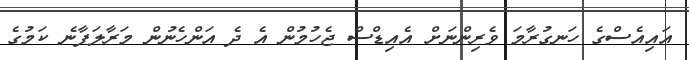
އައިއެސްގެ ހަނގުރާމަ ވެރިންނަށް އެއިޑްސް ޖެހުމުން އެ ދެ އަންހެނުން މަރާލަފާނެ ކަމުގެ